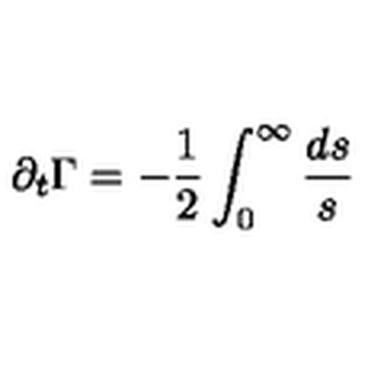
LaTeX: \partial _ { t } \Gamma = - \frac { 1 } { 2 } \int _ { 0 } ^ { \infty } \frac { { d } s } { s }